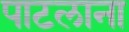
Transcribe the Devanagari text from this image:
पाटलाना